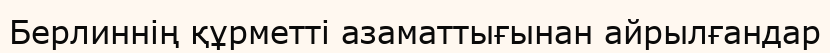
Берлиннің құрметті азаматтығынан айрылғандар